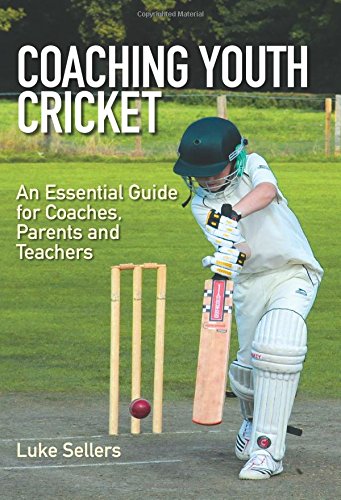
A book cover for Coaching Youth Cricket: An Essential Guide for Coaches, Parents and Teachers; Luke Sellers; Sports & Outdoors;